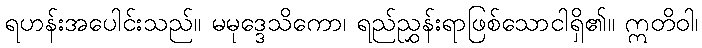
ရဟန်းအပေါင်းသည်။ မမုဒ္ဒေသိကော၊ ရည်ညွှန်းရာဖြစ်သောငါရှိ၏။ ဣတိဝါ၊